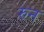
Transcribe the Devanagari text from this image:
रुन